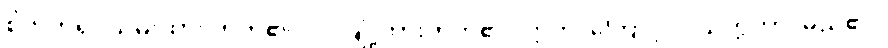
စိတ်ကိုရုပ်သိမ်းထား တတ်၏။ ဝါ၊ ချုံ့ထားတတ်၏။ ဣတိ၊ ကြောင့်။ ဝိသတ္တိကာ၊ မည်၏။